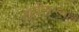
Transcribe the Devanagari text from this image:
खच्चीकरणाचे